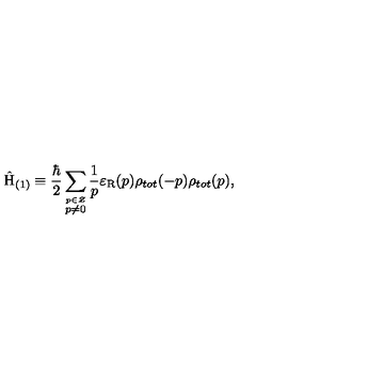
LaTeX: \hat { \mathrm { H } } _ { ( 1 ) } \equiv \frac { \hbar } { 2 } \sum _ { \stackrel { p \in \cal Z } { p \neq 0 } } \frac { 1 } { p } \varepsilon _ { \mathrm { R } } ( p ) \rho _ { t o t } ( - p ) \rho _ { t o t } ( p ) ,